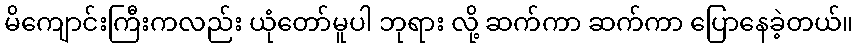
မိကျောင်းကြီးကလည်း ယုံတော်မူပါ ဘုရား လို့ ဆက်ကာ ဆက်ကာ ပြောနေခဲ့တယ်။